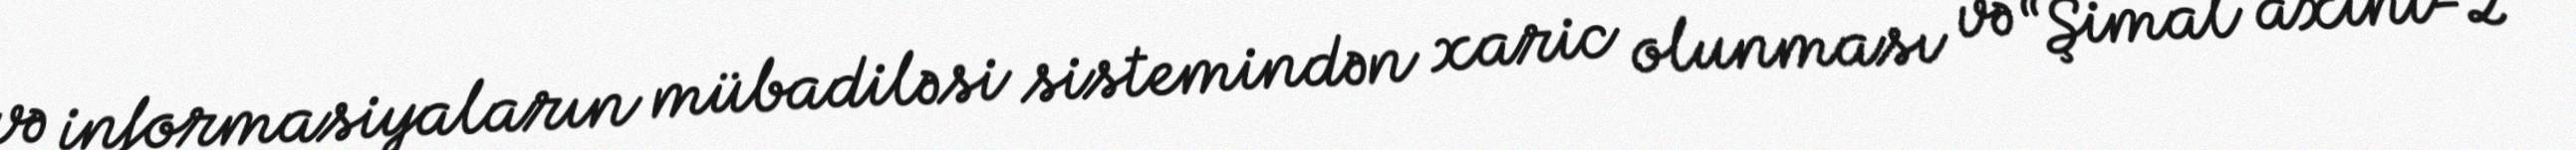
və informasiyaların mübadiləsi sistemindən xaric olunması və “Şimal axını-2”